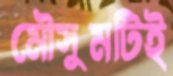
মৌসুমটিই